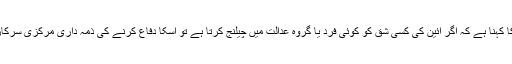
ماہرین قانون کا کہنا ہے کہ اگر آئین کی کسی شق کو کوئی فرد یا گروہ عدالت میں چیلنج کرتا ہے تو اسکا دفاع کرنے کی ذمہ داری مرکزی سرکارکی ہوتی ہے۔